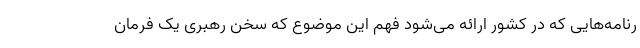
رنامه‌هایی که در کشور ارائه می‌شود فهم این موضوع که سخن رهبری یک فرمان